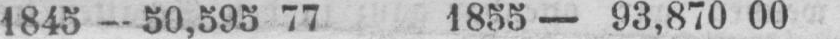
1845 - 50,595 77 1855 - 93‚870 00